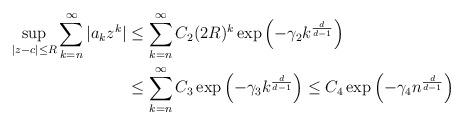
LaTeX: \begin{align*}\sup_{|z-c|\leq R} \sum_{k=n}^\infty |a_kz^k| &\leq \sum_{k=n}^\infty C_2(2R)^k\exp\left(-\gamma_2 k^{\frac{d}{d-1}}\right)\\&\leq \sum_{k=n}^\infty C_3 \exp\left(-\gamma_3 k^{\frac{d}{d-1}}\right) \leq C_4 \exp\left(-\gamma_4 n^{\frac{d}{d-1}}\right)\end{align*}